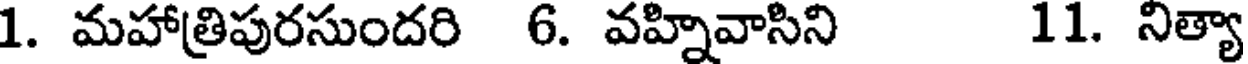
1. మహాత్రిపురసుందరి 6. వహ్నివాసిని 11. నిత్యా